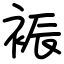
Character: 裖